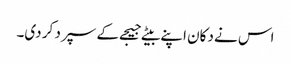
اس نے دکان اپنے بیٹے جیجے کے سپرد کر دی۔